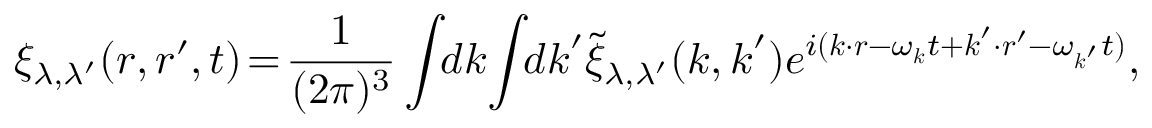
\xi _ { \lambda , \lambda ^ { \prime } } ( \boldsymbol { r } , \boldsymbol { r } ^ { \prime } , t ) \! = \! \frac { 1 } { ( 2 \pi ) ^ { 3 } } \int \! \! d \boldsymbol { k } \! \int \! \! d \boldsymbol { k } ^ { \prime } \tilde { \xi } _ { \lambda , \lambda ^ { \prime } } ( \boldsymbol { k } , \boldsymbol { k } ^ { \prime } ) e ^ { i ( \boldsymbol { k } \cdot \boldsymbol { r } - \omega _ { \boldsymbol { k } } t + \boldsymbol { k } ^ { \prime } \cdot \boldsymbol { r } ^ { \prime } - \omega _ { \boldsymbol { k } ^ { \prime } } t ) } ,